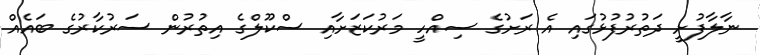
ނާލާފުށީ ދަތުރުފުޅުގައި އެ ރަށުގެ ސިއްހީ މަރުކަޒަށާއި ސްކޫލްގެ އިތުރުން ސަރުކާރުގެ ބައެއް